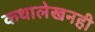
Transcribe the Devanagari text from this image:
कथालेखनही